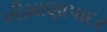
ખીમાણાપાદર